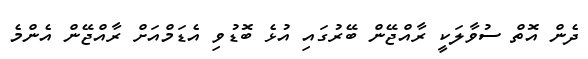
ދެން އޮތް ސުވާލަކީ ރާއްޖޭން ބޭރުގައި އުޅެ ބޮޑުވި އެޑަމްއަށް ރާއްޖޭން އެންމެ